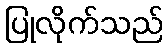
ပြုလိုက်သည်